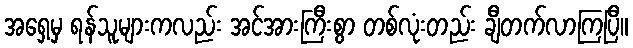
အရှေ့မှ ရန်သူများကလည်း အင်အားကြီးစွာ တစ်လုံးတည်း ချီတက်လာကြပြီ။